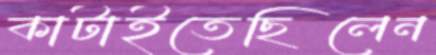
কাটাইতেছিলেন